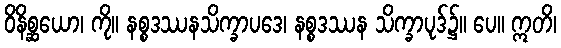
ဝိနိစ္ဆယော၊ ကို။ နစ္စဒဿနသိက္ခာပဒေ၊ နစ္စဒဿန သိက္ခာပုဒ်၌။ ပေ။ ဣတိ၊